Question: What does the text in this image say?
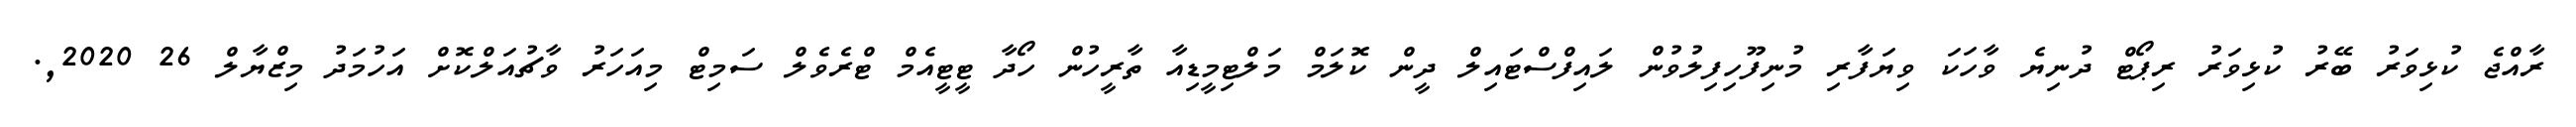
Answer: ރާއްޖެ ކުޅިވަރު ބޭރު ކުޅިވަރު ރިޕޯޓް ދުނިޔެ ވާހަކަ ވިޔަފާރި މުނިފޫހިފިލުވުން ލައިފްސްޓައިލް ދީން ކޮލަމް މަލްޓިމީޑިއާ ތާރީހުން ހޯދާ ޓީޓީއެމް ޓްރެވެލް ސަމިޓް މިއަހަރު ވާޗުއަލްކޮށް އަހުމަދު މިޒްޔާލް 26 2020,.